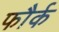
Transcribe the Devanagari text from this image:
फौर्क